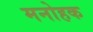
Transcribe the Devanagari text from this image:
मनोहक